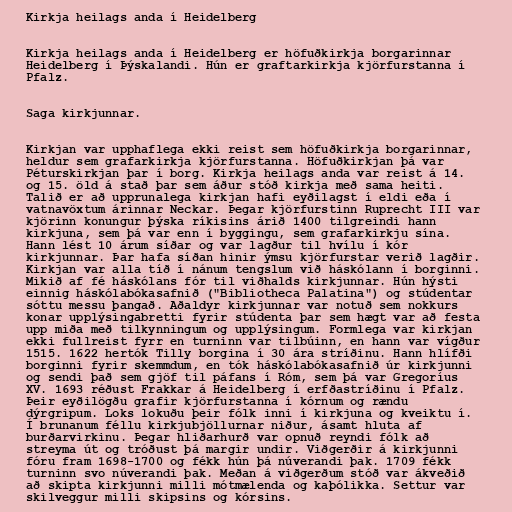
Kirkja heilags anda í Heidelberg

Kirkja heilags anda í Heidelberg er höfuðkirkja borgarinnar
Heidelberg í Þýskalandi. Hún er graftarkirkja kjörfurstanna í
Pfalz.

Saga kirkjunnar.

Kirkjan var upphaflega ekki reist sem höfuðkirkja borgarinnar,
heldur sem grafarkirkja kjörfurstanna. Höfuðkirkjan þá var
Péturskirkjan þar í borg. Kirkja heilags anda var reist á 14.
og 15. öld á stað þar sem áður stóð kirkja með sama heiti.
Talið er að upprunalega kirkjan hafi eyðilagst í eldi eða í
vatnavöxtum árinnar Neckar. Þegar kjörfurstinn Ruprecht III var
kjörinn konungur þýska ríkisins árið 1400 tilgreindi hann
kirkjuna, sem þá var enn í byggingu, sem grafarkirkju sína.
Hann lést 10 árum síðar og var lagður til hvílu í kór
kirkjunnar. Þar hafa síðan hinir ýmsu kjörfurstar verið lagðir.
Kirkjan var alla tíð í nánum tengslum við háskólann í borginni.
Mikið af fé háskólans fór til viðhalds kirkjunnar. Hún hýsti
einnig háskólabókasafnið ("Bibliotheca Palatina") og stúdentar
sóttu messu þangað. Aðaldyr kirkjunnar var notuð sem nokkurs
konar upplýsingabretti fyrir stúdenta þar sem hægt var að festa
upp miða með tilkynningum og upplýsingum. Formlega var kirkjan
ekki fullreist fyrr en turninn var tilbúinn, en hann var vígður
1515. 1622 hertók Tilly borgina í 30 ára stríðinu. Hann hlífði
borginni fyrir skemmdum, en tók háskólabókasafnið úr kirkjunni
og sendi það sem gjöf til páfans í Róm, sem þá var Gregoríus
XV. 1693 réðust Frakkar á Heidelberg í erfðastríðinu í Pfalz.
Þeir eyðilögðu grafir kjörfurstanna í kórnum og rændu
dýrgripum. Loks lokuðu þeir fólk inni í kirkjuna og kveiktu í.
Í brunanum féllu kirkjubjöllurnar niður, ásamt hluta af
burðarvirkinu. Þegar hliðarhurð var opnuð reyndi fólk að
streyma út og tróðust þá margir undir. Viðgerðir á kirkjunni
fóru fram 1698-1700 og fékk hún þá núverandi þak. 1709 fékk
turninn svo núverandi þak. Meðan á viðgerðum stóð var ákveðið
að skipta kirkjunni milli mótmælenda og kaþólikka. Settur var
skilveggur milli skipsins og kórsins.